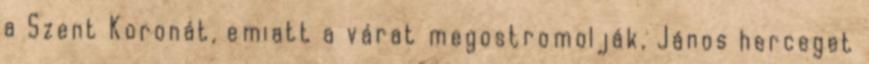
a Szent Koronát, emiatt a várat megostromolják, János herceget